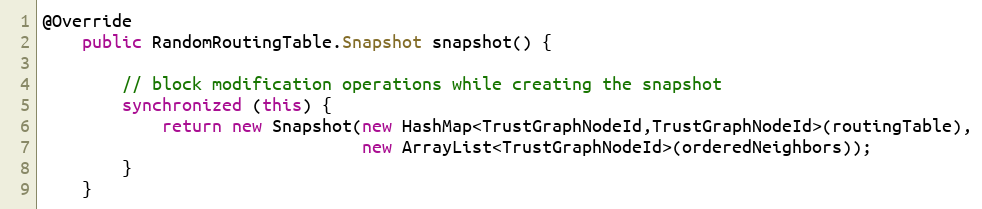
Language: Java
@Override
    public RandomRoutingTable.Snapshot snapshot() {

        // block modification operations while creating the snapshot
        synchronized (this) {
            return new Snapshot(new HashMap<TrustGraphNodeId,TrustGraphNodeId>(routingTable),
                                new ArrayList<TrustGraphNodeId>(orderedNeighbors));
        }
    }